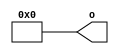
module top(output [3:0] o);
generate
    genvar i;
    for (i = 3; i >= 0; i = i-1) begin
        assign o[i] = 1'b0;
    end
endgenerate
endmodule